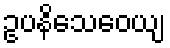
ဥပနိသေဝေယျ